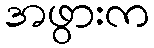
အဖွားက